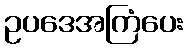
ဥပဒေအကြံပေး